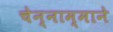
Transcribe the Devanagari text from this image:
चेन्नाम्माने